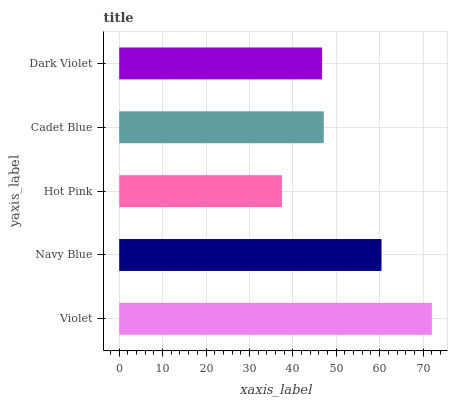
| yaxis_label | bars |
 | --- | --- |
 | Violet | 72 |
 | Navy Blue | 60.4 |
 | Hot Pink | 37.5 |
 | Cadet Blue | 47.1 |
 | Dark Violet | 46.7 |